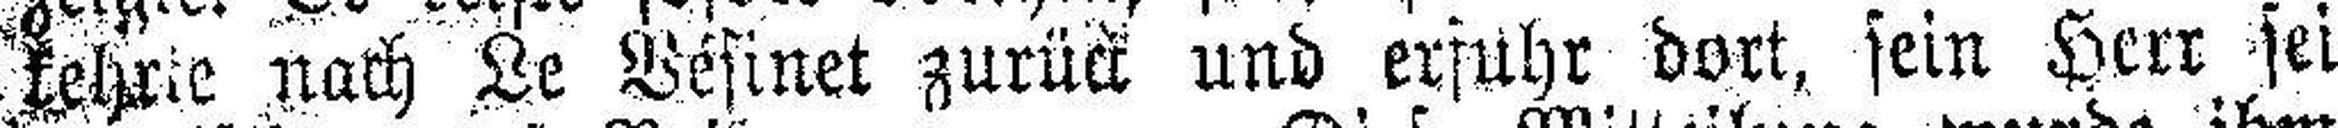
fehr###e nach Le Vésinet zurück und erfuhr dort, sein Herr sei